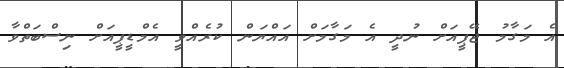
އެ މަގާމު ޖޭޕީއަށް ނުދީ އެ މަގާމަށް އައްޔަން ކުރެއްވީ އެމްޑީޕީއަށް ނިސްބަތްވާ